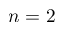
n = 2